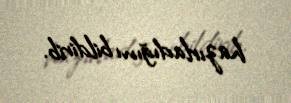
hazırladığını bildirib.